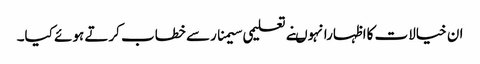
ان خیالات کااظہارانہوںنے تعلیمی سیمنارسے خطاب کرتے ہوئے کیا۔